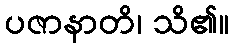
ပဇာနာတိ၊ သိ၏။